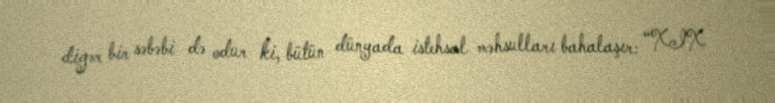
digər bir səbəbi də odur ki, bütün dünyada istehsal məhsulları bahalaşır: “XIX